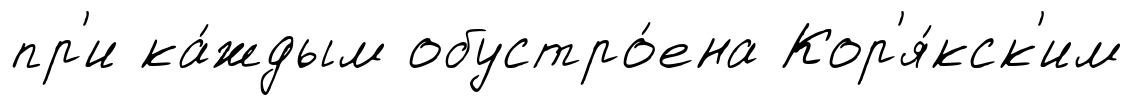
пр'и ка́ждым обустро́ена Кор'я́кск'им